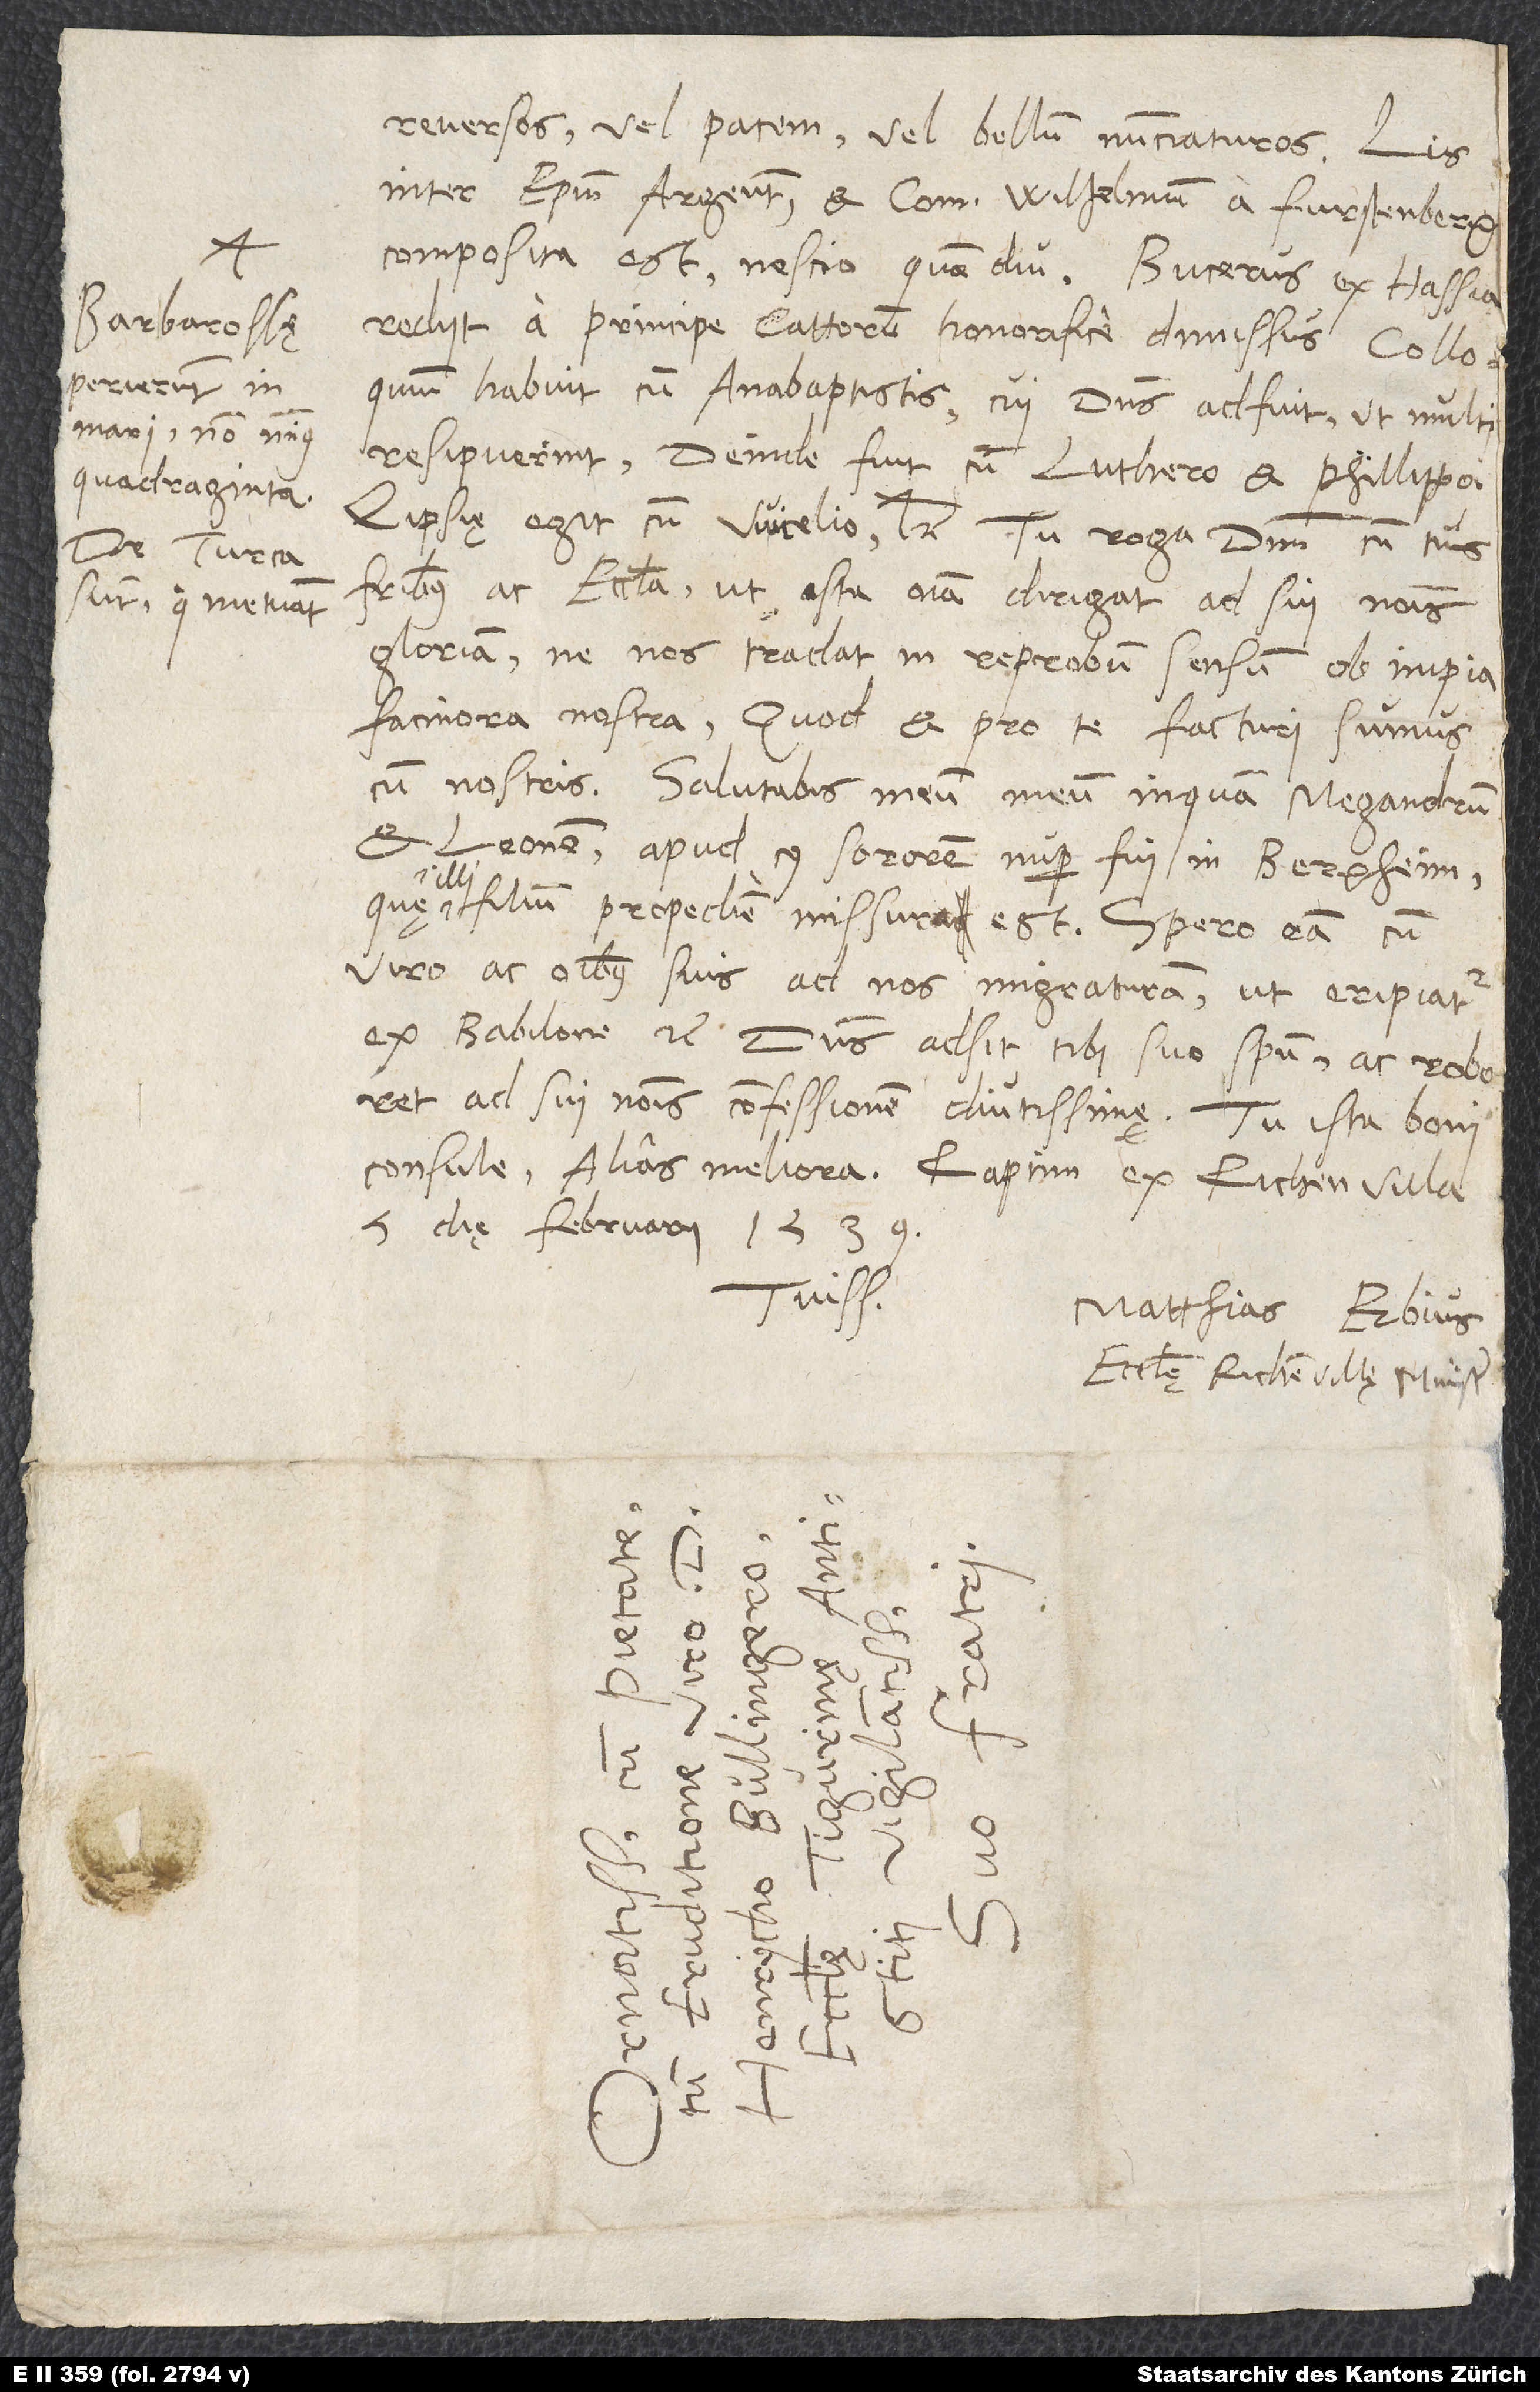
Barbarossę
perierunt in
mari non minus
quadraginta.
De Turca
sunt, qui metuant

reversos vel pacem vel bellum nunciaturos. Lis
inter episcopum Argentoratensem et comitem Wilhelmum a Furstenberg
composita est, nescio quam diu. Bucerus ex Hassia
rediit a principe Cattorum honorifice dimissus. Colloquium
habuit cum anabaptistis, cui dominus adfuit, ut multi
resipuerint. Deinde fuit cum Luthero et Philippo;
fratribus ac ecclesia, ut ista omnia dirigat ad sui nominis
gloriam, ne nos tradat in reprobum sensum ob impia
facinora nostra. Quod et pro te facturi sumus
cum nostris. Salutabis meum, meum inquam, Megandrum
et Leonem, apud cuius sororem nuper fui in Bergheim,
illi
quę illi filium propediem missura est. Spero eam cum
viro ac omnibus suis ad nos migraturam, ut eripiatur
ex Babilone etc. Dominus adsit tibi suo spiritu ac roboret
ad sui nominis confessionem diutissime. Tu ista boni
consule; alias meliora. Raptim, ex Richenvilla,
5. die februarii 1539.
Tuissimus
Matthias Erbius,
ecclesię Richenvillę minister.
d.